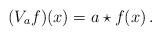
LaTeX: \begin{align*} (V_a f)(x) = a \star f (x) \,.\end{align*}